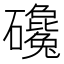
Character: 𰧫